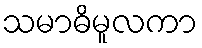
သမာဓိမူလကာ